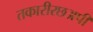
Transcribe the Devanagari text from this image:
तकारीरछअपी